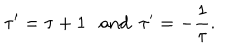
\tau ^ { \prime } = \tau + 1 \textrm { a n d } ~ ~ \tau ^ { \prime } = - \frac { 1 } { \tau } .